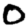
Digit: 0